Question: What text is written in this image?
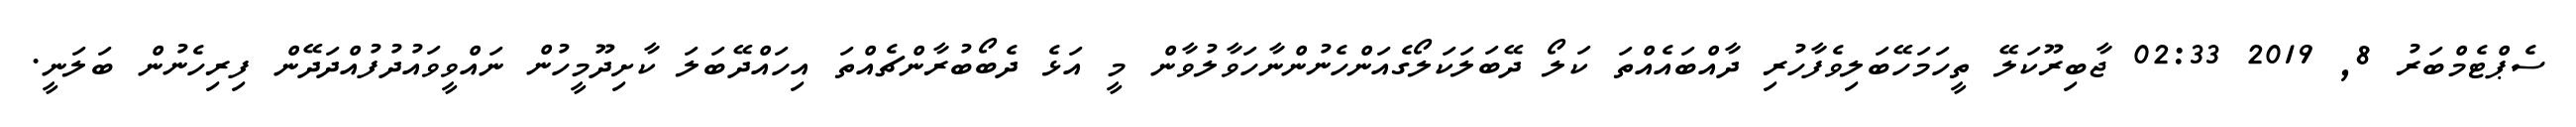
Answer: ސެޕްޓެމްބަރު 8, 2019 02:33 ޖާބިރޫކަލޭ ތީހަމަހޭބަލިވެފާހުރި ދާއްބައެއްތަ ކަލޯ ދޭބަލަކަލޯގެއަންހެނުންނާހަވާލުވާން މީ އަޅެ ދެބޯބުރާންޗެއްތަ އިހައްދޭބަލަ ކާށިދޫމީހުން ނައްވީވައުދުފުއްދަދޭން ފިރިހެނުން ބަލަނީ.